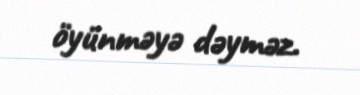
öyünməyə dəyməz.